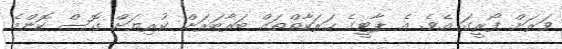
ވަރަށް ފޯރީގަ އެވެ. އެ ޕާޓީގެ ހަރަކާތްތައް ބަރާބަރަށް ކުރިޔަށް ގޮސް ކޮންމެ